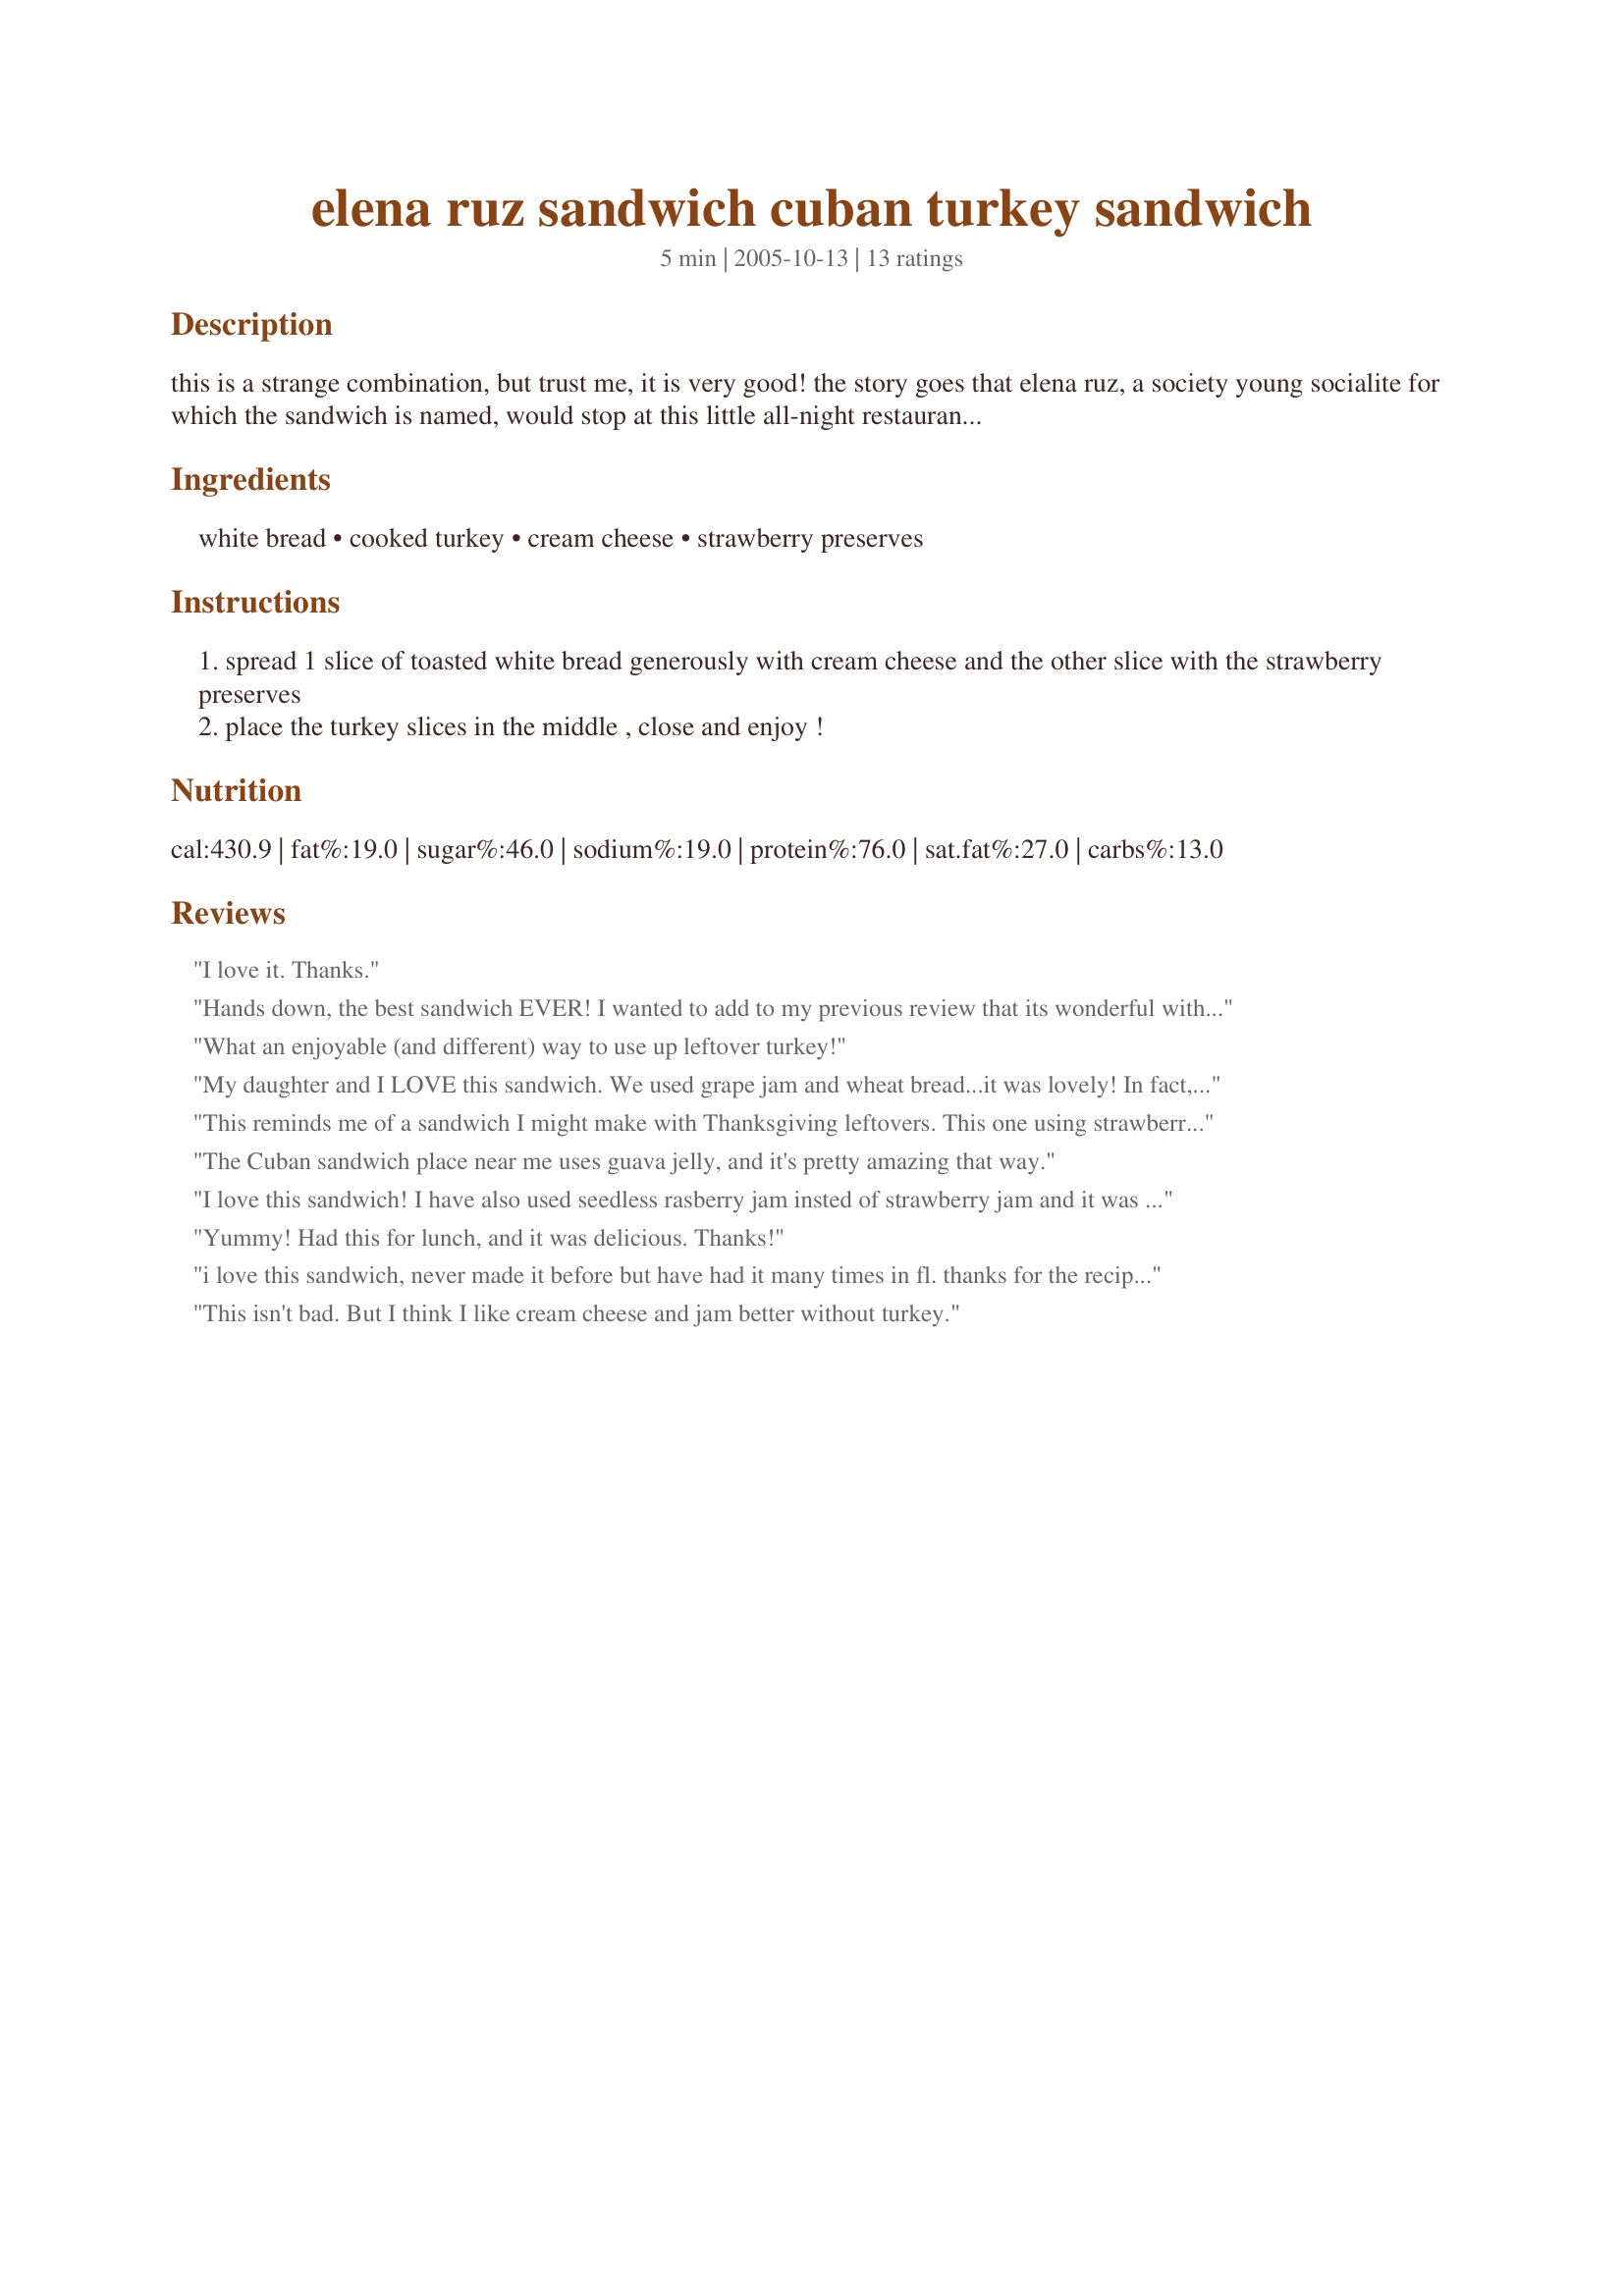
elena ruz sandwich cuban turkey sandwich
Preparation time: 5 minutes

this is a strange combination, but trust me, it is very good! the story goes that elena ruz, a society young socialite for which the sandwich is named, would stop at this little all-night restaurant, el carmelo, in vedado neighborhood in havana cuba, after leaving the dance with her group of friends. she asked the waiter if he could fix her this sandwich after she told them how to make it. after that she would always ask for the elena ruz sandwich and to this day that is how the sandwich is known. this recipe has been printed on many of the cuban food web sites. it is great for leftover turkey. update 03/13/2006 you can also use sweet rolls(the kind you use for a media noche). however, the real mccoy is white bread without crusts and lightly toasted and then the cream cheese would be spread, then the turkey and strawberry jelly on the other slice and voila!

Ingredients:
white bread, cooked turkey, cream cheese, strawberry preserves

Steps:
spread 1 slice of toasted white bread generously with cream cheese and the other slice with the strawberry preserves
place the turkey slices in the middle , close and enjoy !

Reviews:
I love it. Thanks.
Hands down, the best sandwich EVER! I wanted to add to my previous review that its wonderful with roasted chicken and also wonderful on Challah or Kings Hawaiian bread. I buy a whole little bird just to roast for this sandwich and sprinkle it would salt, pepper, EVOO and rub it with garlic and roast it. Stick the bird in the fridge and its ready to go, as is, for sandwiches the next day (also very yummy warm)and even a few days later. Its pure comfort food especially with a side of fried plantains or plantain chips. Thanks again for posting this.
What an enjoyable (and different) way to use up leftover turkey!
My daughter and I LOVE this sandwich. We used grape jam and wheat bread...it was lovely!
In fact, she wants this sandwich in her lunch tomorrow. Thanks for sharing!
This reminds me of a sandwich I might make with Thanksgiving leftovers. This one using strawberry is great for anytime of year when cranberries just don't appeal. Wonderful and addictive.

The Cuban sandwich place near me uses guava jelly, and it's pretty amazing that way.
I love this sandwich! I have also used seedless rasberry jam insted of strawberry jam and it was also very good.
Yummy! Had this for lunch, and it was delicious. Thanks!
i love this sandwich, never made it before but have had it many times in fl. thanks for the recipe so i can make it at home. dh really thought it sounded weird but finally tried it when i made it and loves it too. thanks di.
This isn't bad. But I think I like cream cheese and jam better without turkey.
Forgot to add the 5 star rating!
I made this with an English muffin and it was very tasty. Thanks for sharing this recipe.
This was a great sandwich! I thought that it sounded weird but weird is good! The flavors all work together wonderfully!! Thanks so much for posting. :)
